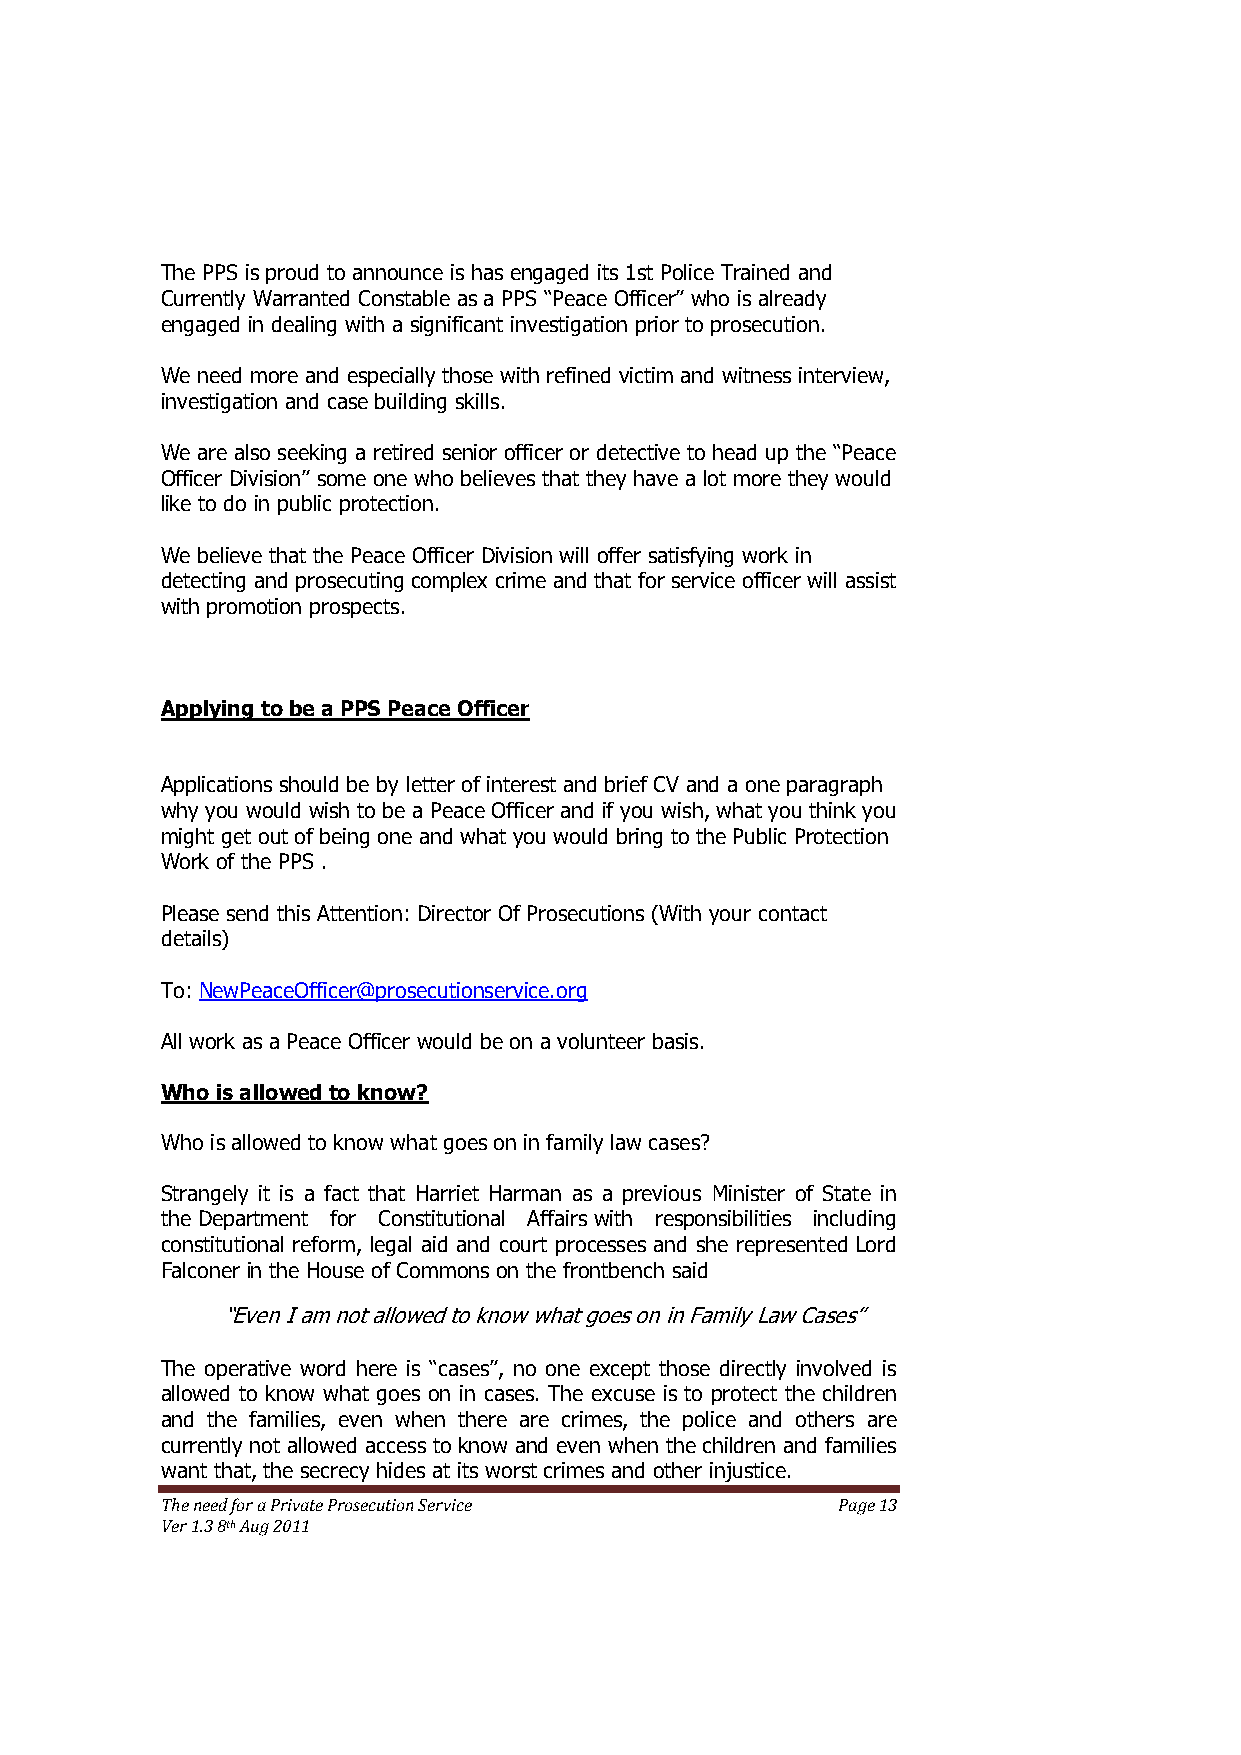
The PPS is proud to announce is has engaged its 1st Police Trained and
 Currently Warranted Constable as a PPS ―Peace Officer‖ who is already
 engaged in dealing with a significant investigation prior to prosecution.
 We need more and especially those with refined victim and witness interview,
 investigation and case building skills.
 We are also seeking a retired senior officer or detective to head up the ―Peace
 Officer Division‖ some one who believes that they have a lot more they would
 like to do in public protection.
 We believe that the Peace Officer Division will offer satisfying work in
 detecting and prosecuting complex crime and that for service officer will assist
 with promotion prospects.
 Applying to be a PPS Peace Officer
 Applications should be by letter of interest and brief CV and a one paragraph
 why you would wish to be a Peace Officer and if you wish, what you think you
 might get out of being one and what you would bring to the Public Protection
 Work of the PPS .
 Please send this Attention: Director Of Prosecutions (With your contact
 details)
 To: NewPeaceOfficer@prosecutionservice.org
 All work as a Peace Officer would be on a volunteer basis.
 Who is allowed to know?
 Who is allowed to know what goes on in family law cases?
 Strangely it is a fact that Harriet Harman as a previous Minister of State in
 the Department for Constitutional Affairs with responsibilities including
 constitutional reform, legal aid and court processes and she represented Lord
 Falconer in the House of Commons on the frontbench said
 ―Even I am not allowed to know what goes on in Family Law Cases‖
 The operative word here is ―cases‖, no one except those directly involved is
 allowed to know what goes on in cases. The excuse is to protect the children
 and the families, even when there are crimes, the police and others are
 currently not allowed access to know and even when the children and families
 want that, the secrecy hides at its worst crimes and other injustice.
 The need for a Private Prosecution Service  Page 13
 Ver 1.3 8th Aug 2011